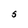
Character: S